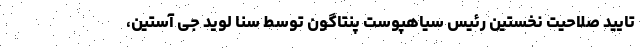
تایید صلاحیت نخستین رئیس سیاهپوست پنتاگون توسط سنا لوید جی آستین،